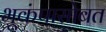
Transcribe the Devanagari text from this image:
भूकंपासोबत